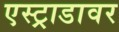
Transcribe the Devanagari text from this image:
एस्ट्राडावर